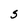
Character: S